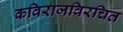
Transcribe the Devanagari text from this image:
कविराजविरचित